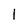
Character: l